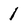
Character: 1